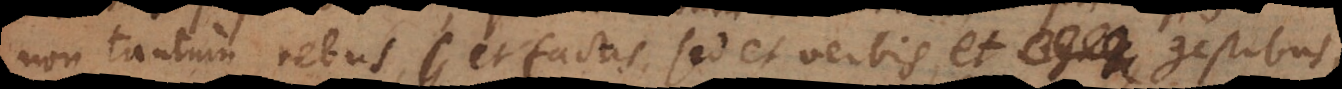
non tantum rebus et factis sed et verbis et signis